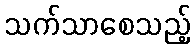
သက်သာစေသည့်